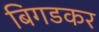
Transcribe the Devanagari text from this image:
बिगडकर